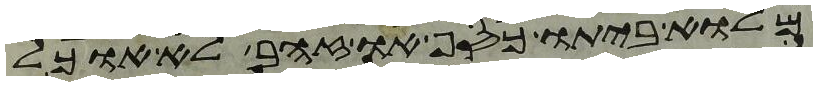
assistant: מלוא ביתו כסף או זהב לא אוכל